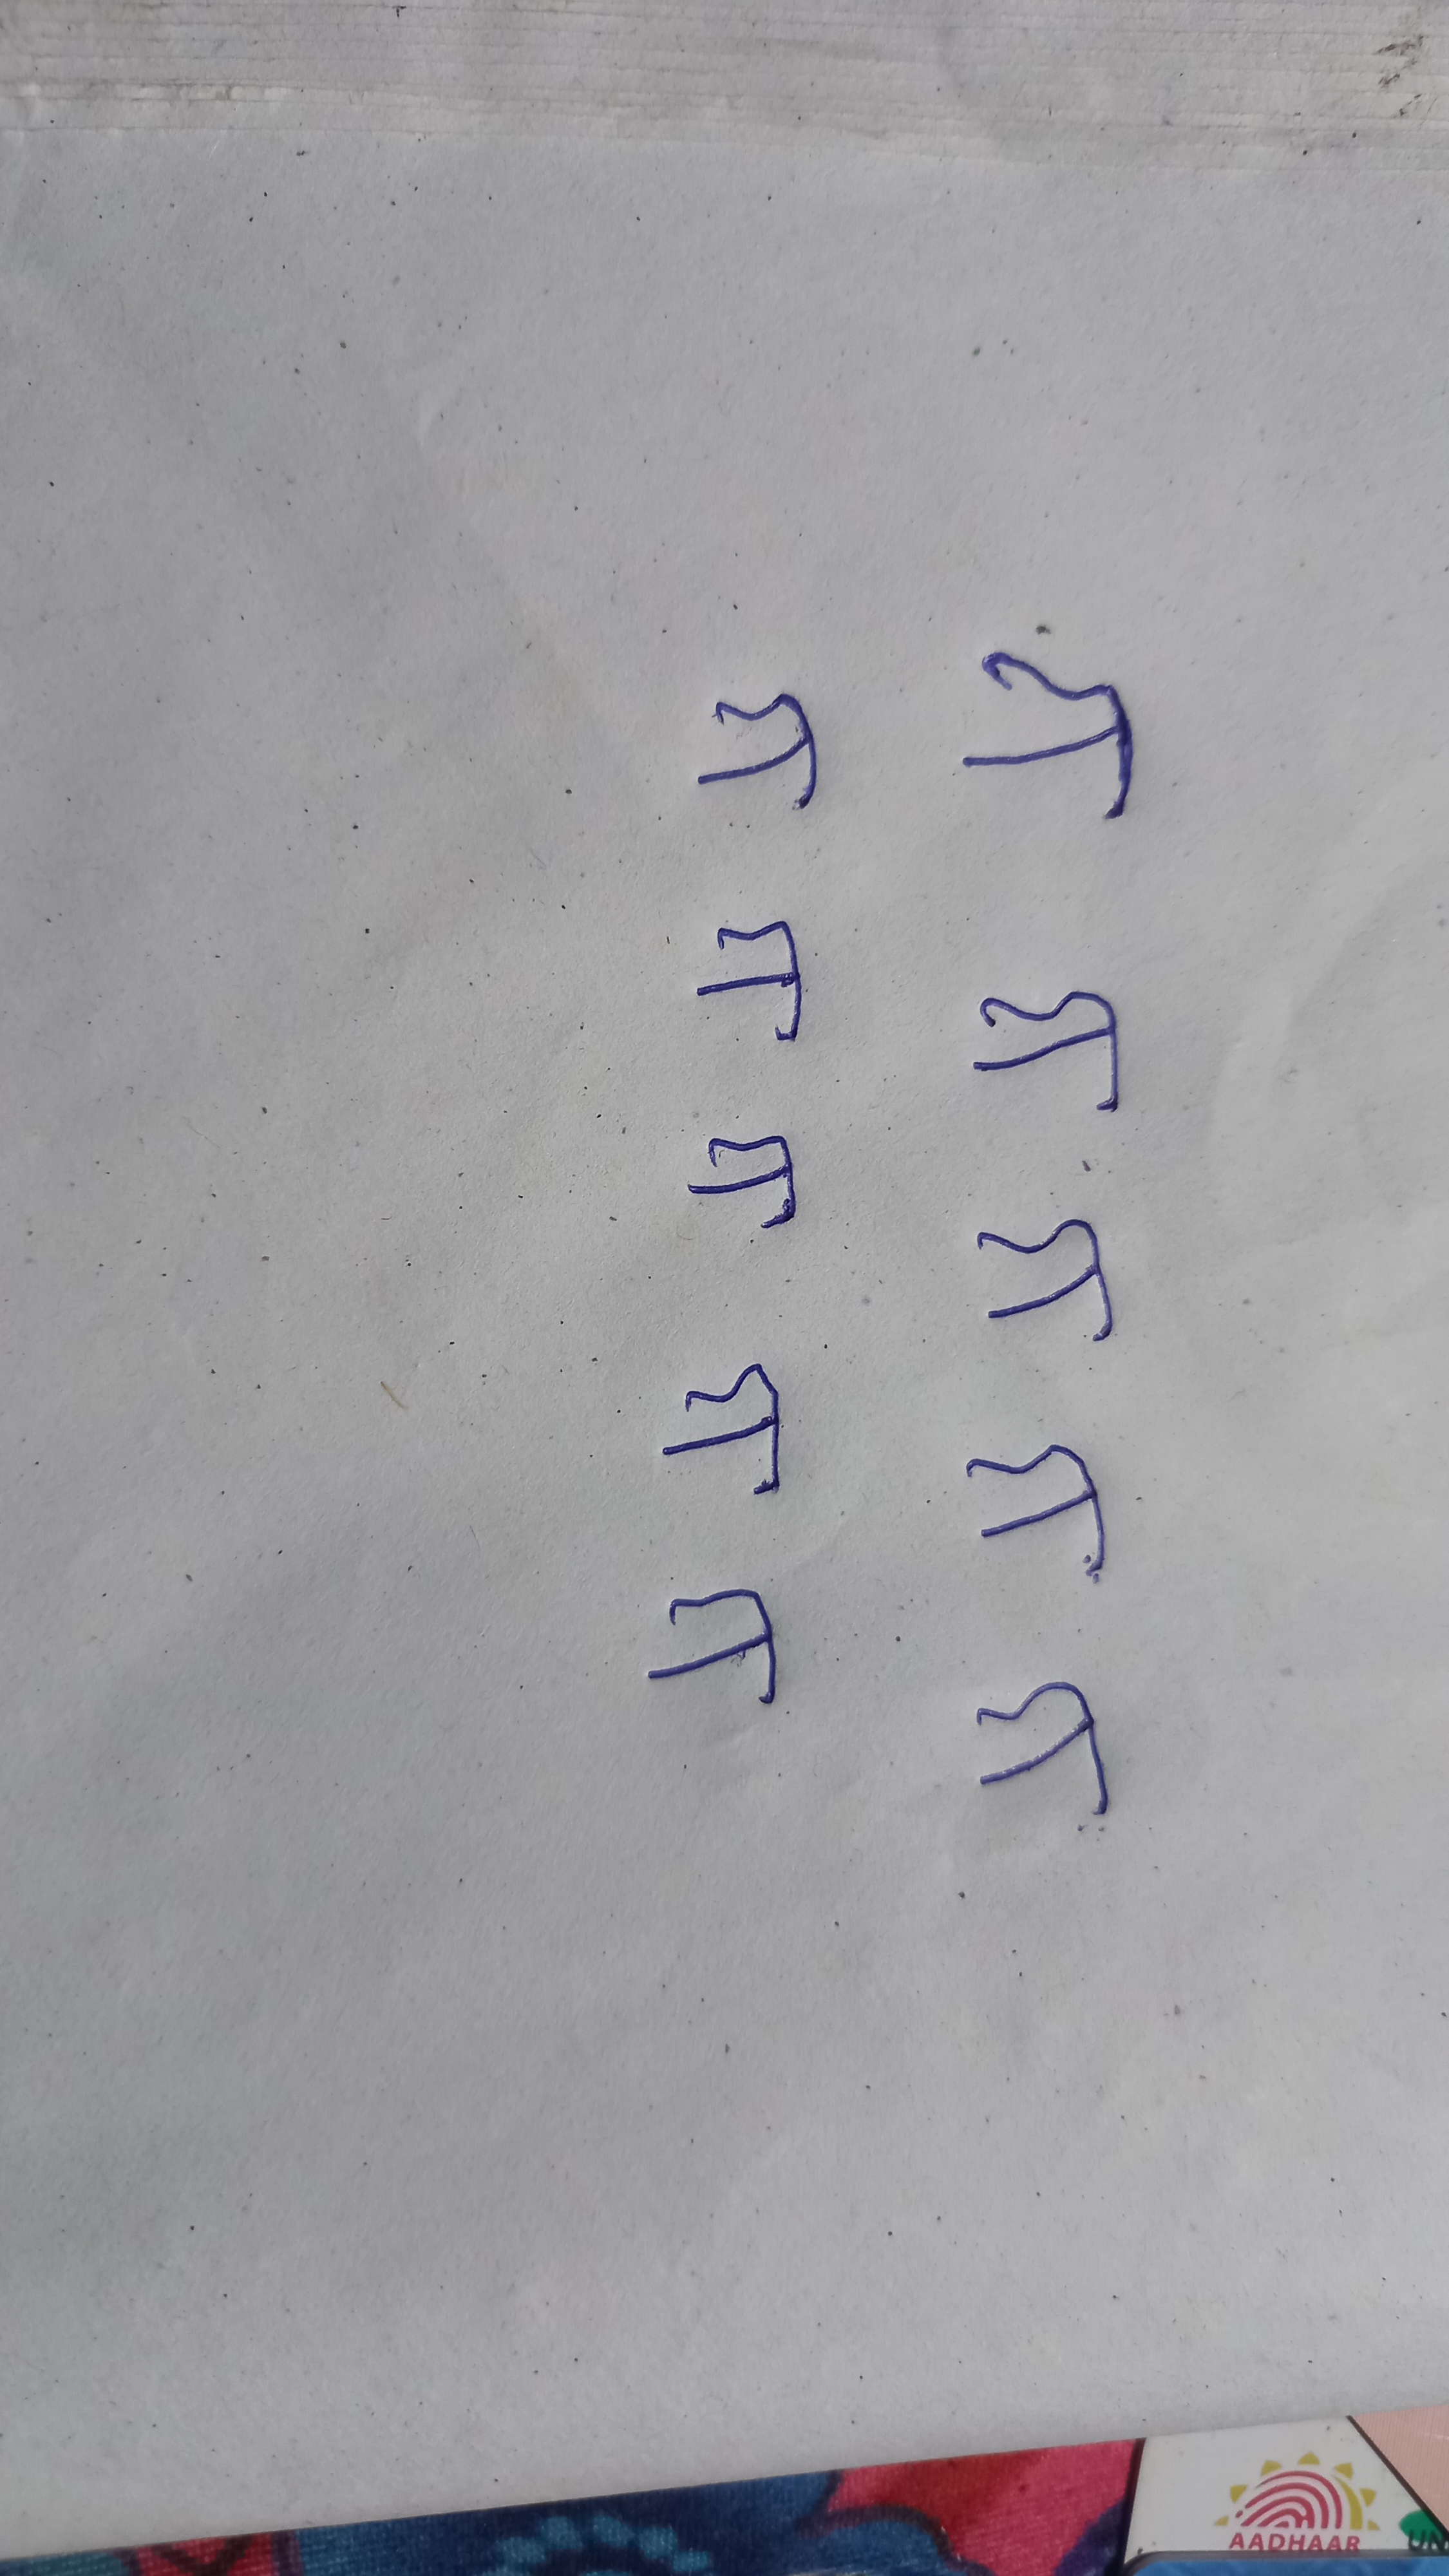
Signature authenticity: forged